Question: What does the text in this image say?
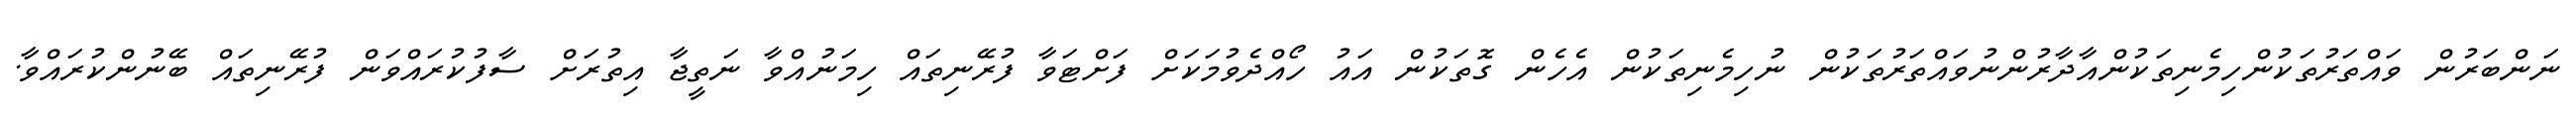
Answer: ނަންބަރުން ވައްތަރުތަކުންހިމެނިތަކުންއާދާރުންނުވައްތަރުތަކުން ނުހިމެނިތަކުން އެހެން ގޮތަކުން އައު ހޯއްދެވުމަކަށް ފަށްޓަވާ ފުރޭނިތައް ހިމަނުއްވާ ނަތީޖާ އިތުރަށް ސާފުކުރައްވަން ފުރޭނިތައް ބޭނުންކުރައްވާ.